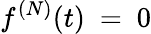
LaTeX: f^{(N)}(t)~=~0